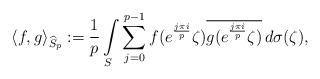
LaTeX: \begin{align*}\left\langle f,g\right\rangle _{ \widehat{S}_p }:=\frac{1}{p} \int\limits_S \sum_{j=0}^{p-1}f(e^{\frac{j\pi i}{p}} \zeta )\overline{g(e^{\frac{j\pi i}{p}} \zeta )}\,d\sigma (\zeta),\end{align*}